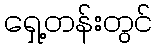
ရှေ့တန်းတွင်